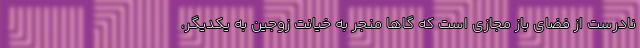
نادرست از فضای باز مجازی است که گاها منجر به خیانت زوجین به یکدیگر،